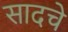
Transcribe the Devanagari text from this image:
सादचे